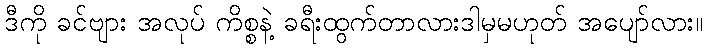
ဒီကို ခင်ဗျား အလုပ် ကိစ္စနဲ့ ခရီးထွက်တာလားဒါမှမဟုတ် အပျော်လား။